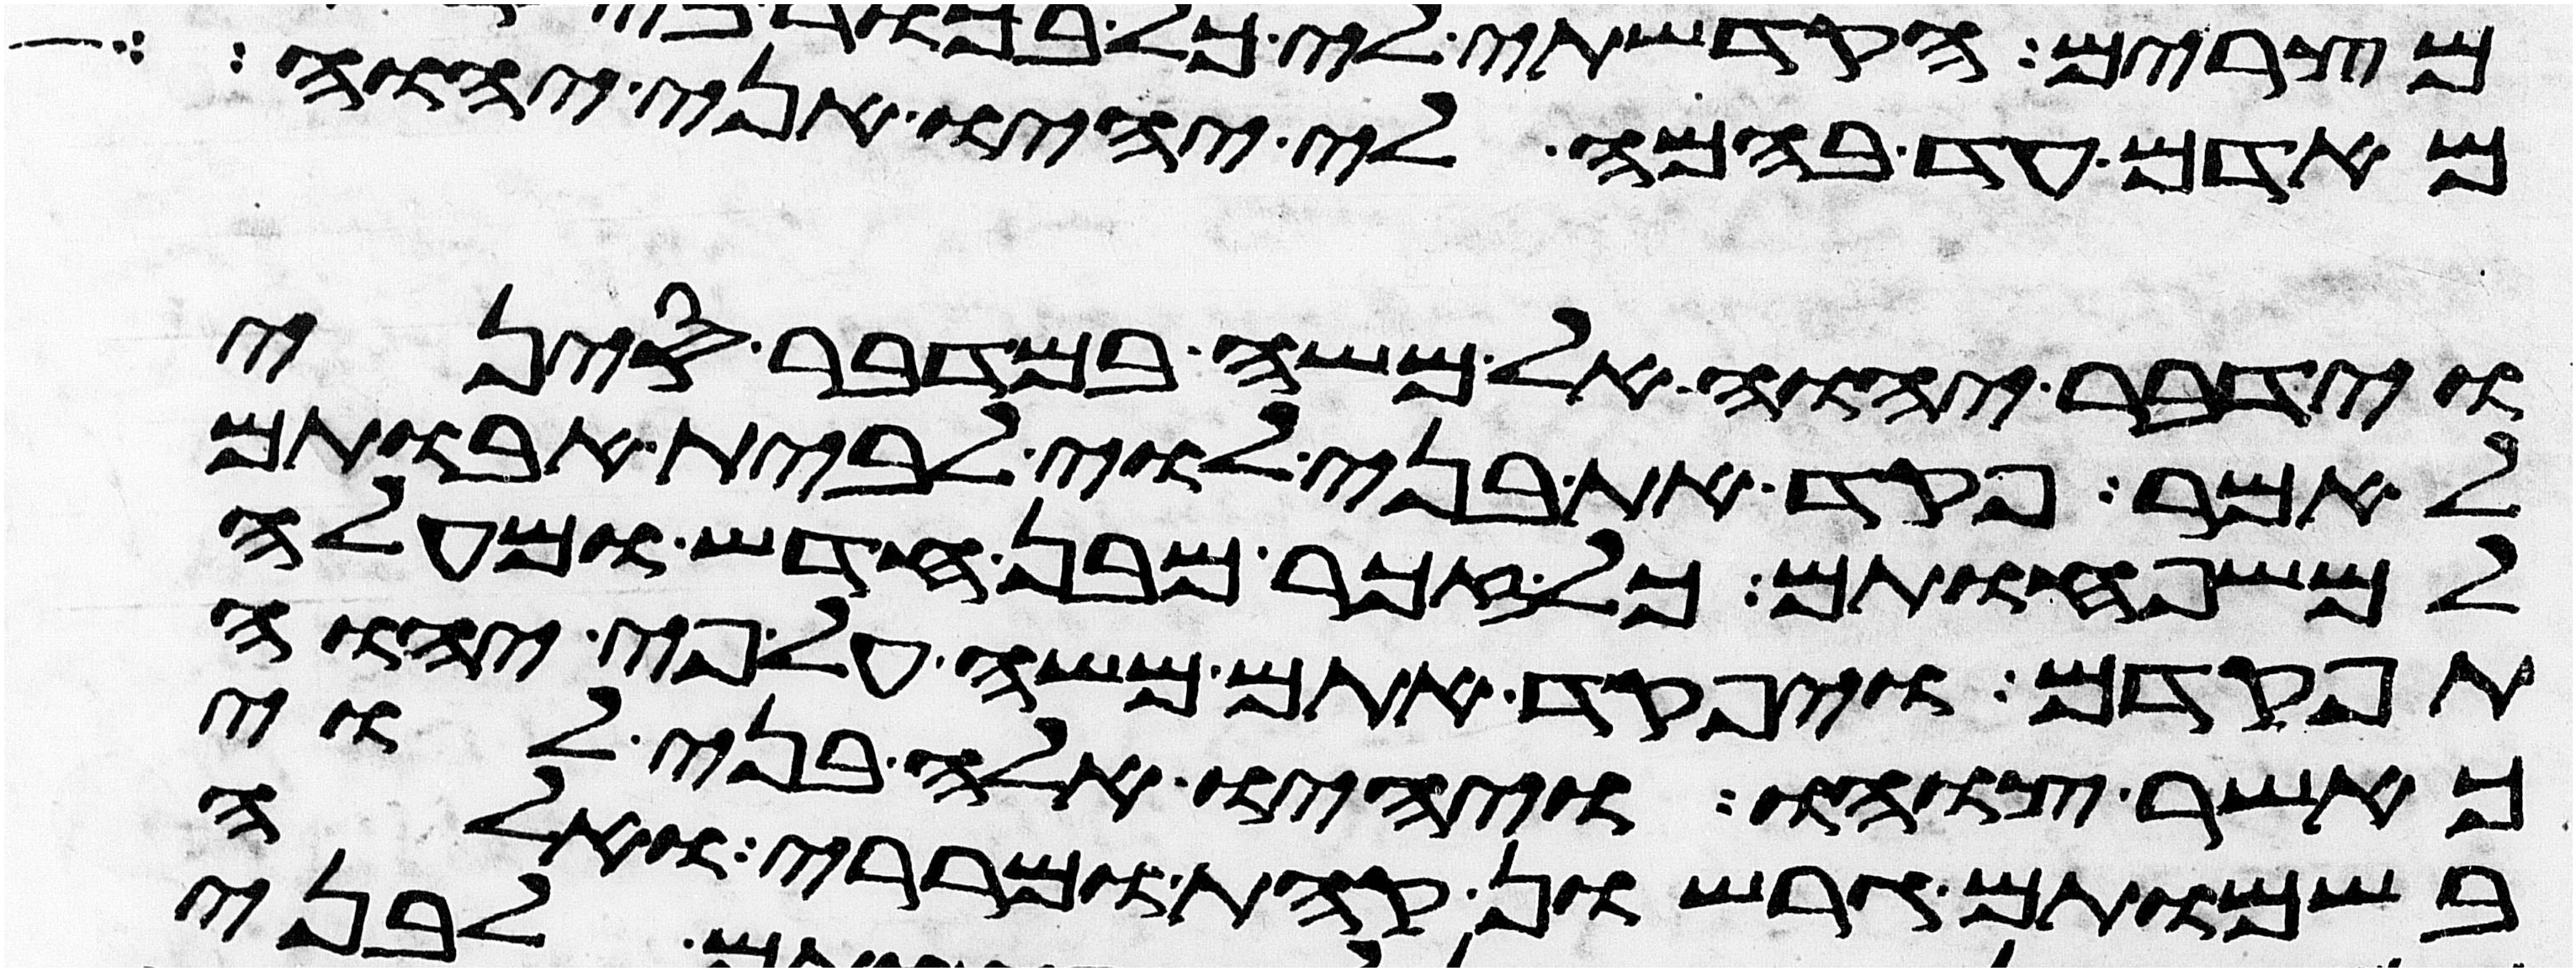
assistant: מאדם עד בהמה לי יהיו אני יהוה
וידבר יהוה אל משה במדבר סיני
לאמר פקד את בני לוי לבית אבותם
למשפחותם כל זכר מבן חדש ומעלה
תפקדם ויפקד אתם משה על פי יהוה
כאשר צוהו ויהיו אלה בני לוי
בשמותם גרשון קהת ומררי ואלה